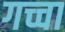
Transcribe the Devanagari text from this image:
गच्चा